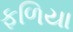
ફળિયા